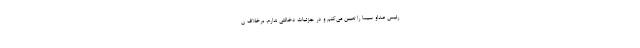
رئیس صداو سیما را تعیین می‌کنم و در جزئیات دخالتی ندارم، برخلاف ن